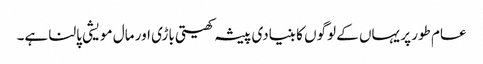
عام طور پر یہاں کے لوگوں کا بنیادی پیشہ کھیتی باڑی اور مال مویشی پالنا ہے۔